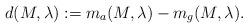
LaTeX: \begin{align*}d(M,\lambda):=m_{a}(M,\lambda)-m_{g}(M,\lambda).\end{align*}